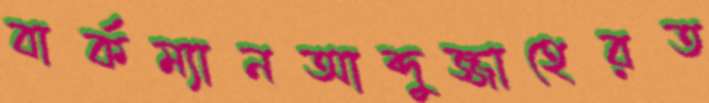
বার্কম্যানআব্দুজ্জাহেরত